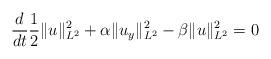
LaTeX: \begin{align*}\frac{d}{dt} \frac{1}{2} \| u \|_{L^2}^2 + \alpha \| u_y \|_{L^2}^2 - \beta \| u \|_{L^2}^2 = 0 \end{align*}